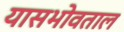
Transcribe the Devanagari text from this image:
यासभोवताल